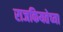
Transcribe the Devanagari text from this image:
राजकियतेच्या